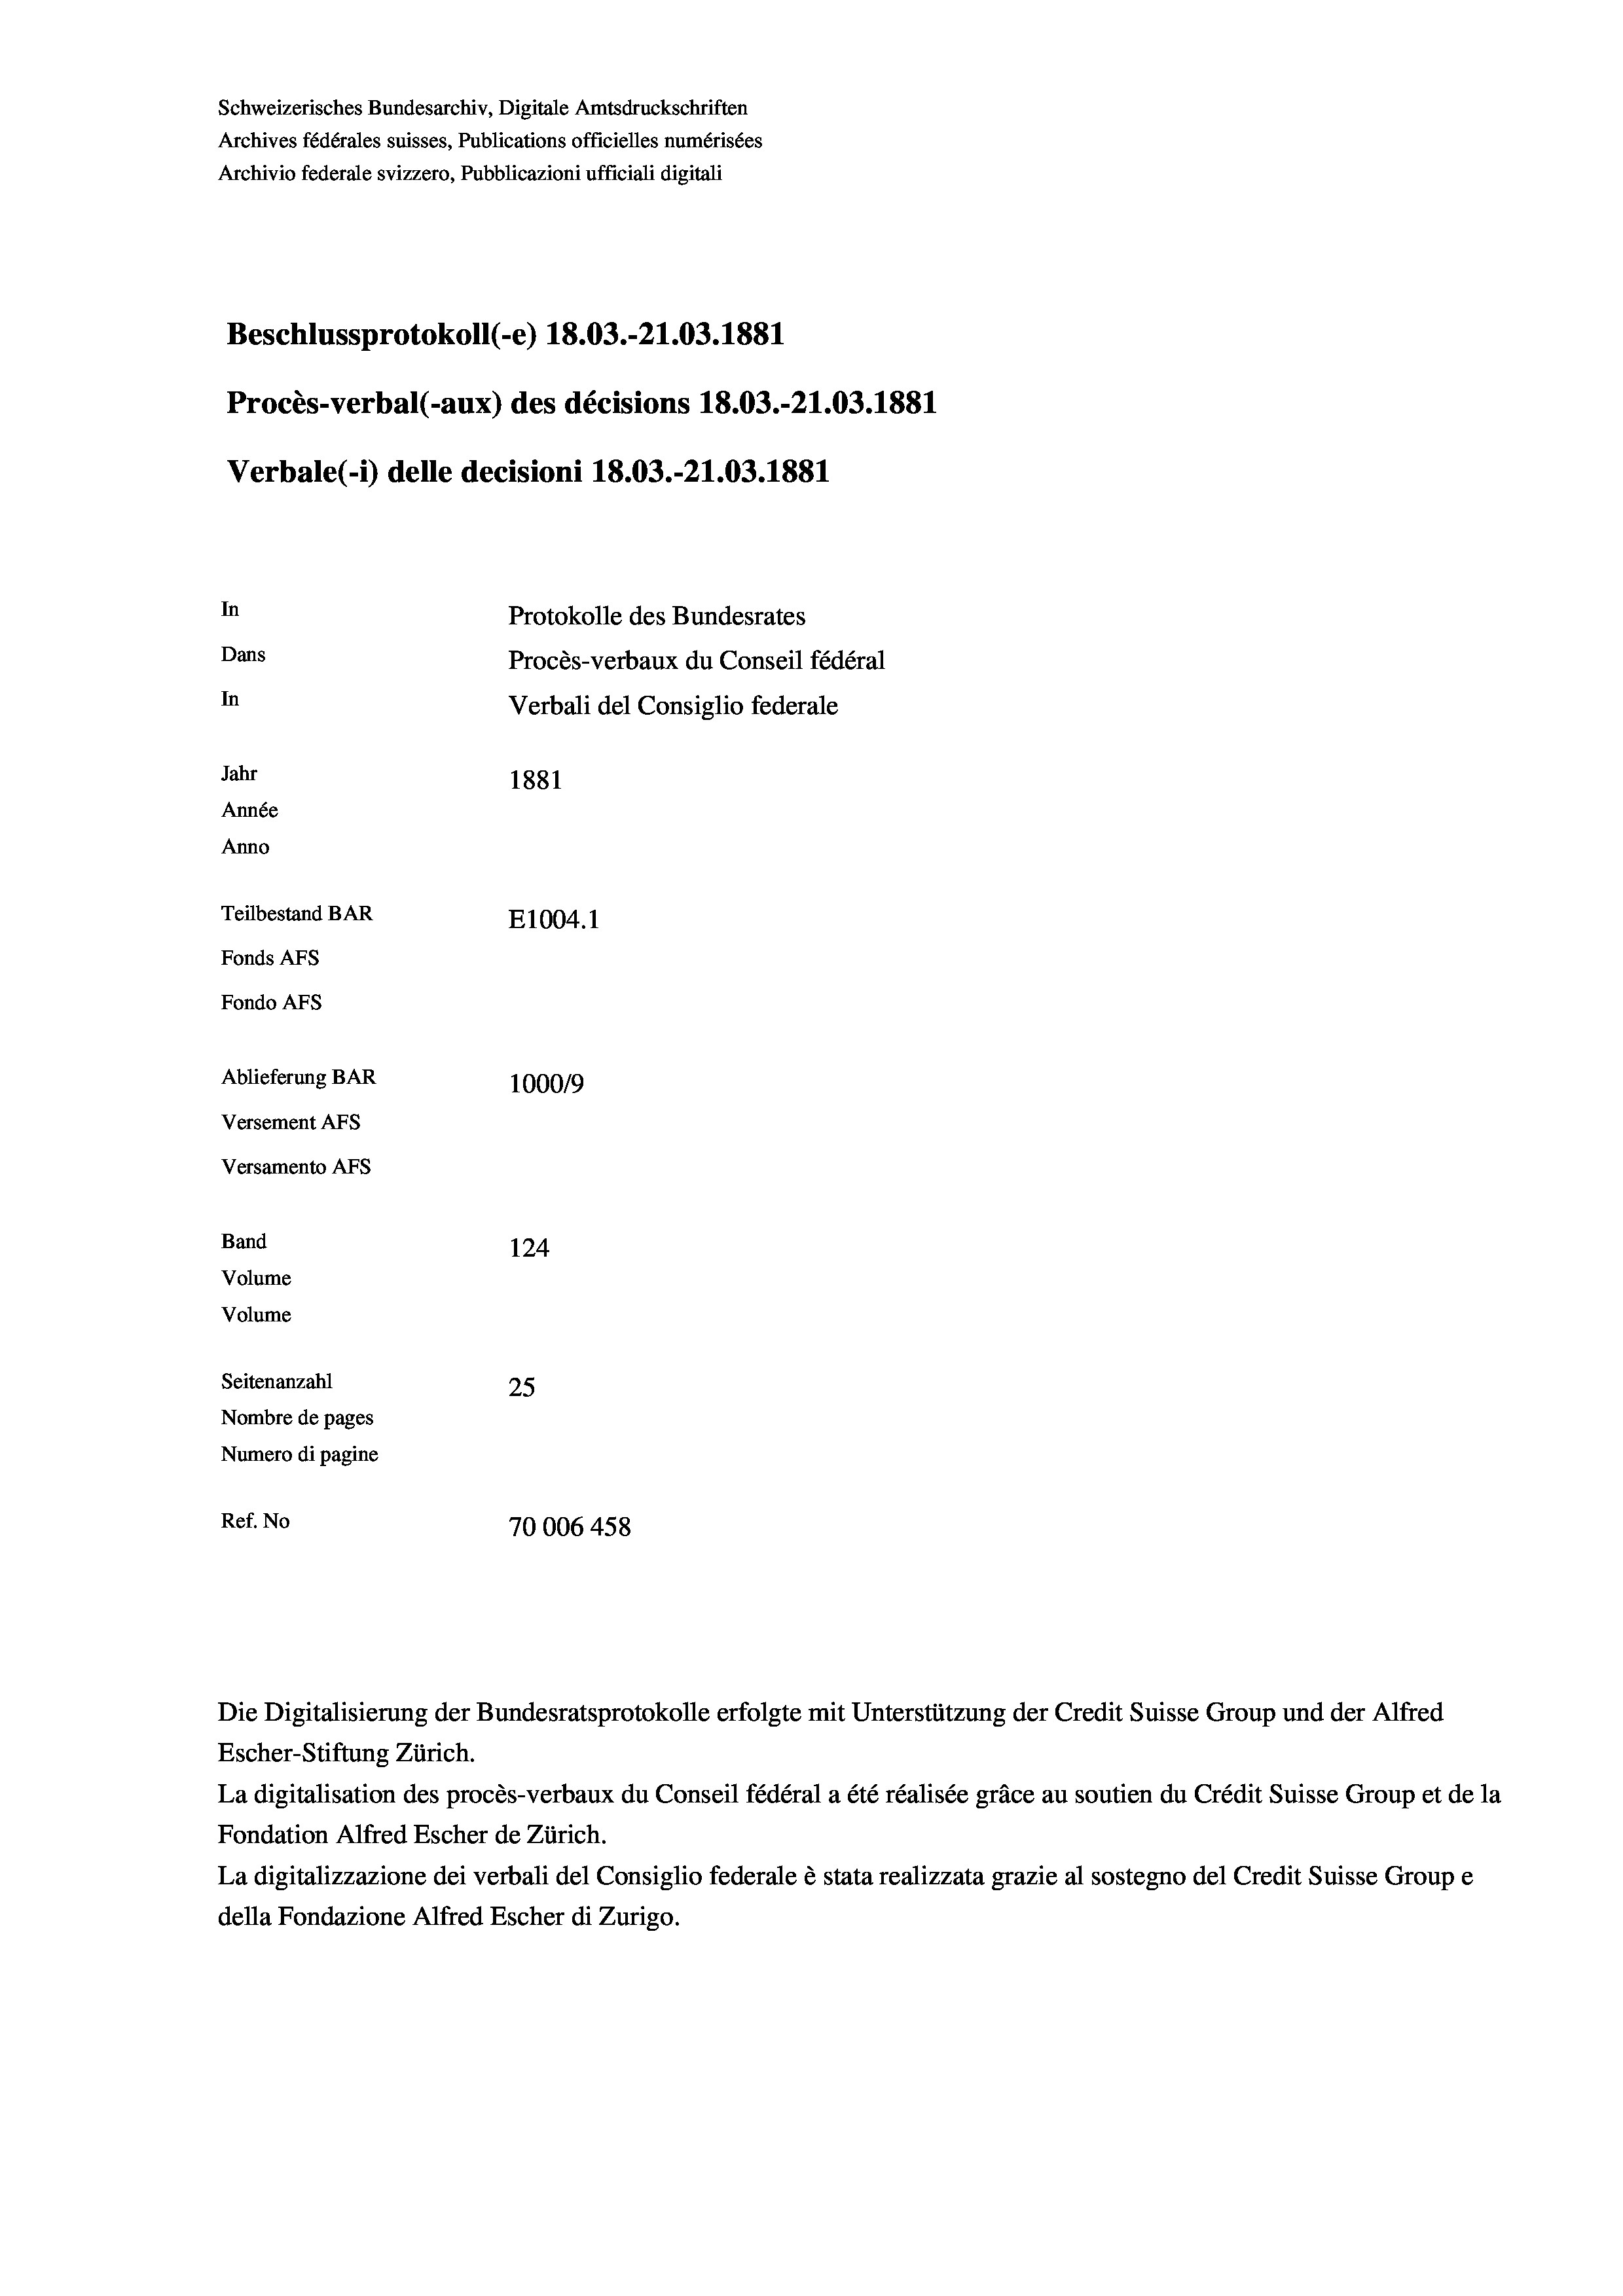
Schweizerisches Bundesarchiv, Digitale Amtsdruckschriften
Archives fédérales suisses, Publications officielles numérisées
Archivio federale svizzero, Pubblicazioni ufficiali digitali
Beschlussprotokoll (-e) 18.03.-21.03. 1881
Procès-verbal (-aux) des décisions 18.03.-21.03. 1881
Verbale (i) delle decisioni 18.03.-21.03. 1881
In
Protokolle des Bundesrates
Dans
Procès-verbaux du Conseil fédéral
In
Verbali del Consiglio federale
Jahr
1881
Année
Anno
Teilbestand BAR
E1004. 1
Fonds AFs
Fondo Afs
Ablieferung BAR
100019
Versement AFs
Versamento Afs
Band
124
Volume
Volume
Seitenanzahl
25

Nombre de pages
Numero di pagine
Ref. No
70006 458

Escher-Stiftung Zürich.
La digitalisation des procès-verbaux du Conseil fédéral a été réalisée gräce au soutien du Crédit Suisse Group et de la
Fondation Alfred Escher de Zürich.
La digitalizzazione dei verbali del Consiglio federale è stata realizzata grazie al sostegno del Credit Suisse Groupe
della Fondazione Alfred Escher di Zurigo.

Die Digitalisierung der Bundesratsprotokolle erfolgte mit Unterstützung der Credit Suisse Group und der Alfred